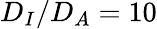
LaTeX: D_{I}/D_{A}=10